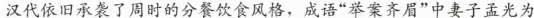
汉代依旧承袭了周时的分餐饮食风格，成语”举案齐眉”中妻子孟光为